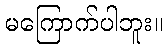
မကြောက်ပါဘူး။